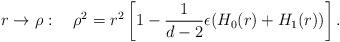
\begin{align*}r\rightarrow\rho:\quad \rho^2=r^2\left[1-\frac{1}{d-2}\epsilon(H_0(r)+H_1(r))\right].\end{align*}